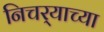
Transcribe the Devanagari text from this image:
निचर्‍याच्या